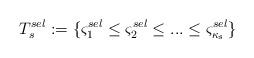
LaTeX: \begin{align*}T_s^{sel}:=\{\varsigma_1^{sel}\leq \varsigma_2^{sel}\leq...\leq \varsigma_{\kappa_s}^{sel}\}\end{align*}